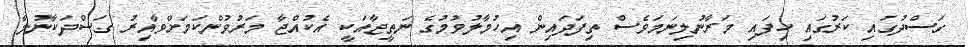
ގަސްދުގައި ކަރުގައި ހިފައި މަރާނުލިނަމަވެސް ތިފަދައިން އިހުމާލުވުމުގެ ނަތީޖާއަކީ އެކުއްޖާ މަރުވުންކަމަށްވާއިރު ގަސްދަކާނުލާ